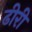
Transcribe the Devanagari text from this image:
ढीरी